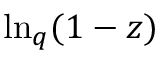
\ln _ { q } ( 1 - z )